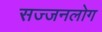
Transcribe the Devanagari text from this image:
सज्जनलोग